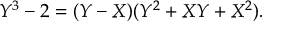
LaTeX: Y ^ { 3 } - 2 = ( Y - X ) ( Y ^ { 2 } + X Y + X ^ { 2 } ) .